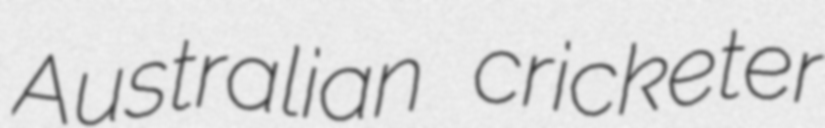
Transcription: Australian cricketer